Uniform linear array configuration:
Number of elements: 32
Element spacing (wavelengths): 0.75
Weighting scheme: exponential
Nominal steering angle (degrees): -30
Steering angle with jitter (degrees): -31.652
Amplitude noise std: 0.05
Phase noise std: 0.05

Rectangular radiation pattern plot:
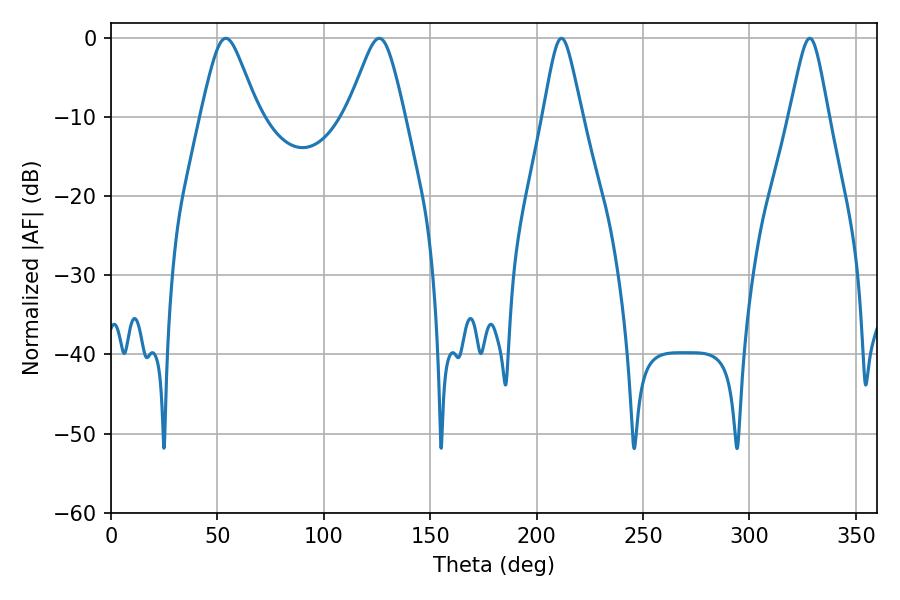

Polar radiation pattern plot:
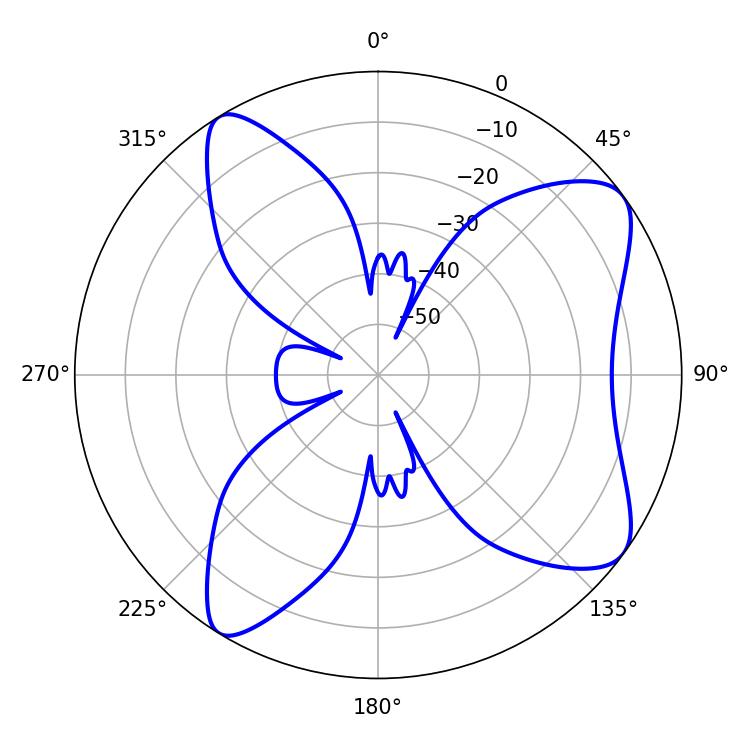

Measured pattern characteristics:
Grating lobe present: TRUE
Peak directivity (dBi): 8.686
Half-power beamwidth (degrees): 8.82
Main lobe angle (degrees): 211.68